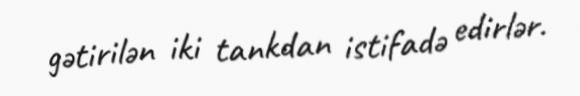
gətirilən iki tankdan istifadə edirlər.